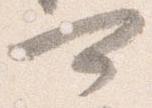
可